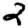
Digit: 2